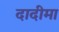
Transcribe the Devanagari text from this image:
दादीमा